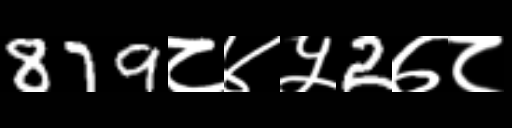
Text: 879८४५2७८